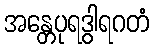
အန္တေပုရဒွါရဂတံ